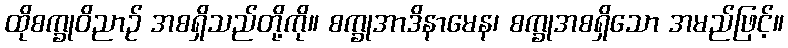
ထိုစက္ခုဝိညာဉ် အစရှိသည်တို့ကို။ စက္ခုအာဒိနာမေန၊ စက္ခုအစရှိသော အမည်ဖြင့်။